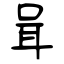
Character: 咠